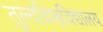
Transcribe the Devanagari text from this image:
तुल्यविश्वविद्यालय